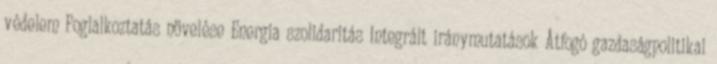
védelem Foglalkoztatás növelése Energia szolidaritás Integrált iránymutatások Átfogó gazdaságpolitikai